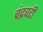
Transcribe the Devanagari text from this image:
चंद्रवटी